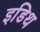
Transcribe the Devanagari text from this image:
इडिथ